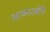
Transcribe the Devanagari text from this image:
आकाशबेलि